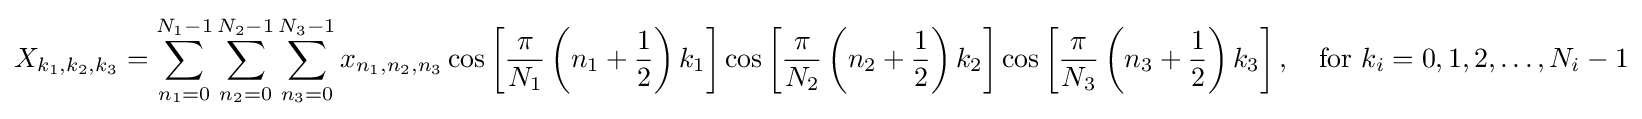
X_{k_{1},k_{2},k_{3}}=\sum _{n_{1}=0}^{N_{1}-1}\sum _{n_{2}=0}^{N_{2}-1}\sum _{n_{3}=0}^{N_{3}-1}x_{n_{1},n_{2},n_{3}}\cos \left[{\frac {\pi }{N_{1}}}\left(n_{1}+{\frac {1}{2}}\right)k_{1}\right]\cos \left[{\frac {\pi }{N_{2}}}\left(n_{2}+{\frac {1}{2}}\right)k_{2}\right]\cos \left[{\frac {\pi }{N_{3}}}\left(n_{3}+{\frac {1}{2}}\right)k_{3}\right],\quad {\text{for }}k_{i}=0,1,2,\dots ,N_{i}-1